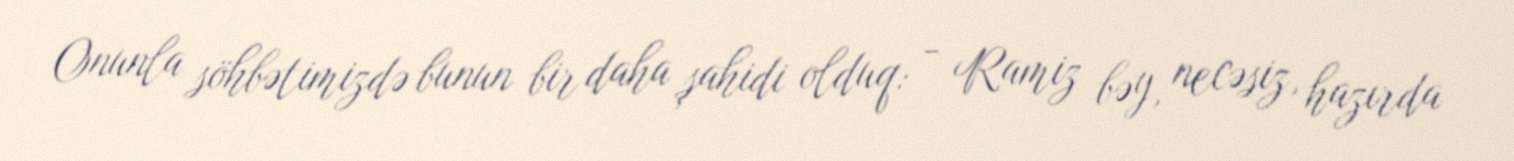
Onunla söhbətimizdə bunun bir daha şahidi olduq: - Ramiz bəy, necəsiz, hazırda